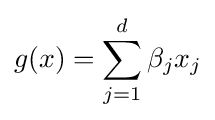
g(x)=\sum _{j=1}^{d}\beta _{j}x_{j}